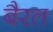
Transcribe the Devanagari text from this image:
बैरत